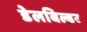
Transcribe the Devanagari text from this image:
डेलबिल्डर